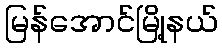
မြန်အောင်မြို့နယ်